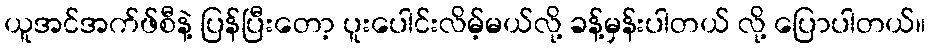
ယူအင်အက်ဖ်စီနဲ့ ပြန်ပြီးတော့ ပူးပေါင်းလိမ့်မယ်လို့ ခန့်မှန်းပါတယ် လို့ ပြောပါတယ်။